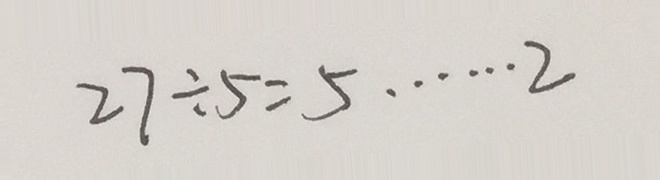
2 7 \div 5 = 5 \dot s \dot s 2